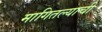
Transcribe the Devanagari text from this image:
मागितल्याची